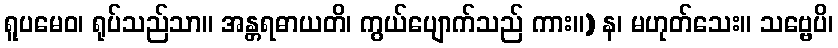
ရူပမေဝ၊ ရုပ်သည်သာ။ အန္တရဓာယတိ၊ ကွယ်ပျောက်သည် ကား။) န၊ မဟုတ်သေး။ သဗ္ဗေပိ၊